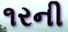
૧રની